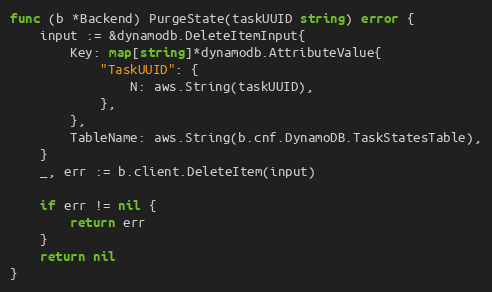
Language: Go
func (b *Backend) PurgeState(taskUUID string) error {
	input := &dynamodb.DeleteItemInput{
		Key: map[string]*dynamodb.AttributeValue{
			"TaskUUID": {
				N: aws.String(taskUUID),
			},
		},
		TableName: aws.String(b.cnf.DynamoDB.TaskStatesTable),
	}
	_, err := b.client.DeleteItem(input)

	if err != nil {
		return err
	}
	return nil
}